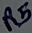
Text: R5